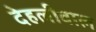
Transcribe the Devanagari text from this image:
देहलीवाल